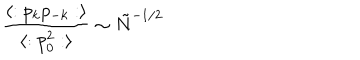
{ \frac { \langle : p _ { k } p _ { - k } : \rangle } { \langle : p _ { 0 } ^ { 2 } : \rangle } } \sim { \tilde { N } } ^ { - 1 / 2 }